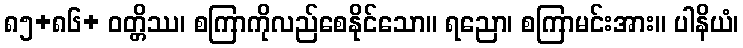
၈၅+၈၆+ ဝတ္တိဿ၊ စကြာကိုလည်စေနိုင်သော။ ရညော၊ စကြာမင်းအား။ ပါနိယံ၊